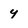
Character: y